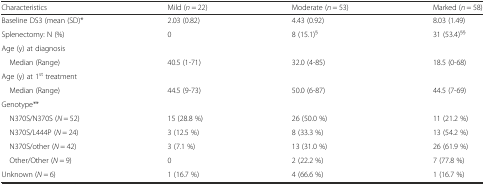
<table><thead><tr><td><b>Characteristics</b></td><td><b>Mild (<i>n</i> = 22)</b></td><td><b>Moderate (<i>n</i> = 53)</b></td><td><b>Marked (<i>n</i> = 58)</b></td></tr></thead><tbody><tr><td>Baseline DS3 (mean (SD)*</td><td>2.03 (0.82)</td><td>4.43 (0.92)</td><td>8.03 (1.49)</td></tr><tr><td>Splenectomy: N (%)</td><td>0</td><td>8 (15.1)<sup>§</sup></td><td>31 (53.4)<sup>§§</sup></td></tr><tr><td>Age (y) at diagnosis</td><td></td><td></td><td></td></tr><tr><td> Median (Range)</td><td>40.5 (1-71)</td><td>32.0 (4-85)</td><td>18.5 (0-68)</td></tr><tr><td>Age (y) at 1<sup>st</sup> treatment</td><td></td><td></td><td></td></tr><tr><td> Median (Range)</td><td>44.5 (9-73)</td><td>50.0 (6-87)</td><td>44.5 (7-69)</td></tr><tr><td>Genotype**</td><td></td><td></td><td></td></tr><tr><td> N370S/N370S (<i>N</i> = 52)</td><td>15 (28.8 %)</td><td>26 (50.0 %)</td><td>11 (21.2 %)</td></tr><tr><td> N370S/L444P (<i>N</i> = 24)</td><td>3 (12.5 %)</td><td>8 (33.3 %)</td><td>13 (54.2 %)</td></tr><tr><td> N370S/other (<i>N</i> = 42)</td><td>3 (7.1 %)</td><td>13 (31.0 %)</td><td>26 (61.9 %)</td></tr><tr><td> Other/Other (<i>N</i> = 9)</td><td>0</td><td>2 (22.2 %)</td><td>7 (77.8 %)</td></tr><tr><td>Unknown (<i>N</i> = 6)</td><td>1 (16.7 %)</td><td>4 (66.6 %)</td><td>1 (16.7 %)</td></tr></tbody></table>